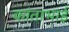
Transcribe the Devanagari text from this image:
कांताभाई